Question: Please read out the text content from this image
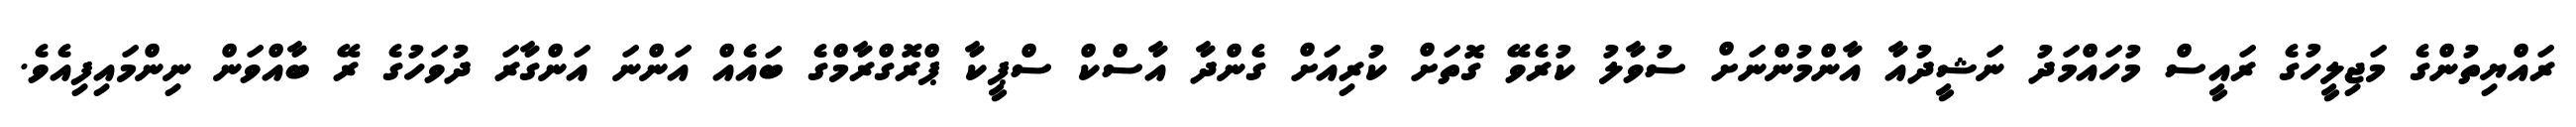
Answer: ރައްޔިތުންގެ މަޖިލީހުގެ ރައީސް މުހައްމަދު ނަޝީދުއާ އާންމުންނަށް ސުވާލު ކުރެވޭ ގޮތަށް ކުރިއަށް ގެންދާ އާސްކް ސްޕީކާ ޕްރޮގްރާމްގެ ބައެއް އަންނަ އަންގާރަ ދުވަހުގެ ރޭ ބާއްވަން ނިންމައިފިއެވެ.